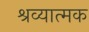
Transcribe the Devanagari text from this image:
श्रव्यात्मक